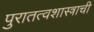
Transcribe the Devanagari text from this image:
पुरातत्वशास्त्राची